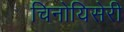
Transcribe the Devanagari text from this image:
चिनोयिसेरी